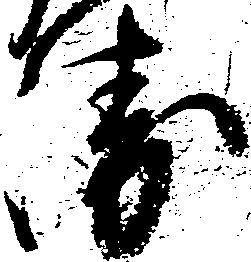
衛